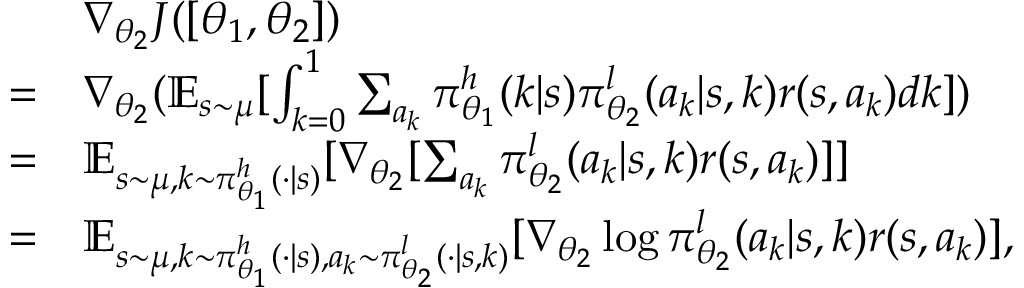
\begin{array} { r l } & { \nabla _ { \theta _ { 2 } } J ( \left[ \theta _ { 1 } , \theta _ { 2 } \right] ) } \\ { = } & { \nabla _ { \theta _ { 2 } } ( \mathbb { E } _ { s \sim \mu } [ \int _ { k = 0 } ^ { 1 } \sum _ { a _ { k } } \pi _ { \theta _ { 1 } } ^ { h } ( k | s ) \pi _ { \theta _ { 2 } } ^ { l } ( a _ { k } | s , k ) r ( s , a _ { k } ) d k ] ) } \\ { = } & { \mathbb { E } _ { s \sim \mu , k \sim \pi _ { \theta _ { 1 } } ^ { h } ( \cdot | s ) } [ \nabla _ { \theta _ { 2 } } [ \sum _ { a _ { k } } \pi _ { \theta _ { 2 } } ^ { l } ( a _ { k } | s , k ) r ( s , a _ { k } ) ] ] } \\ { = } & { \mathbb { E } _ { s \sim \mu , k \sim \pi _ { \theta _ { 1 } } ^ { h } ( \cdot | s ) , a _ { k } \sim \pi _ { \theta _ { 2 } } ^ { l } ( \cdot | s , k ) } [ \nabla _ { \theta _ { 2 } } \log \pi _ { \theta _ { 2 } } ^ { l } ( a _ { k } | s , k ) r ( s , a _ { k } ) ] , } \end{array}